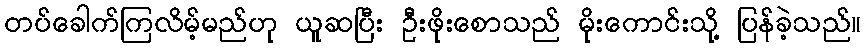
တပ်ခေါက်ကြလိမ့်မည်ဟု ယူဆပြီး ဦးဖိုးစောသည် မိုးကောင်းသို့ ပြန်ခဲ့သည်။